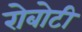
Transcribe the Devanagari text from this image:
रोबोटी